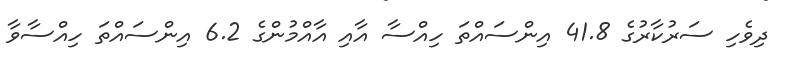
ދިވެހި ސަރުކާރުގެ 41.8 އިންސައްތަ ހިއްސާ އާއި އާއްމުންގެ 6.2 އިންސައްތަ ހިއްސާވާ